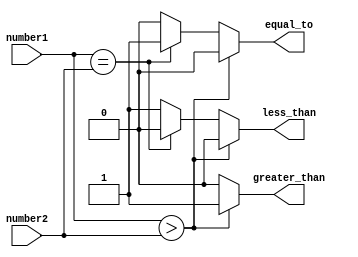
module signed_magnitude_comparator (
    input signed [7:0] number1,
    input signed [7:0] number2,
    output reg greater_than,
    output reg equal_to,
    output reg less_than
);

always @(*) begin
    if (number1 > number2) begin
        greater_than = 1;
        equal_to = 0;
        less_than = 0;
    end else if (number1 == number2) begin
        greater_than = 0;
        equal_to = 1;
        less_than = 0;
    end else begin
        greater_than = 0;
        equal_to = 0;
        less_than = 1;
    end
end

endmodule